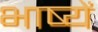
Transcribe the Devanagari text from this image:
भाष्यें